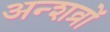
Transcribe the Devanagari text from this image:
अन्शव्रों